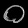
Digit: ၀